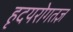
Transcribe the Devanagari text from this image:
हृदयरोगतज्ञ